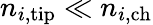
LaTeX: n_{i,\mathrm{tip}}\ll n_{i,\mathrm{ch}}